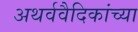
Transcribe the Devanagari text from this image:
अथर्ववैदिकांच्या